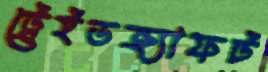
ট্রেইডক্র্যাফট